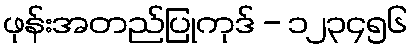
ဖုန်းအတည်ပြုကုဒ် - ၁၂၃၄၅၆